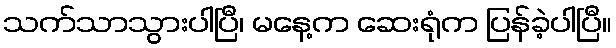
သက်သာသွားပါပြီ၊ မနေ့က ဆေးရုံက ပြန်ခဲ့ပါပြီ။